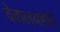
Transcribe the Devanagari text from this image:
देवालयहोते